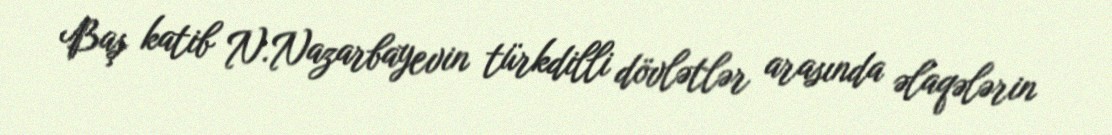
Baş katib N.Nazarbayevin türkdilli dövlətlər arasında əlaqələrin